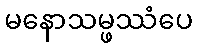
မနောသမ္ဖဿံပေ